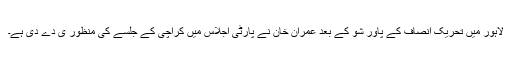
لاہور میں تحریک انصاف کے پاور شو کے بعد عمران خان نے پارٹی اجلاس میں کراچی کے جلسے کی منظور ی دے دی ہے۔